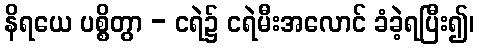
နိရယေ ပစ္စိတွာ - ငရဲ၌ ငရဲမီးအလောင် ခံခဲ့ရပြီး၍၊